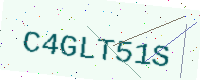
Text: C4GLT51S